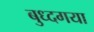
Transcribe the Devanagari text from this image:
बुध्दगया